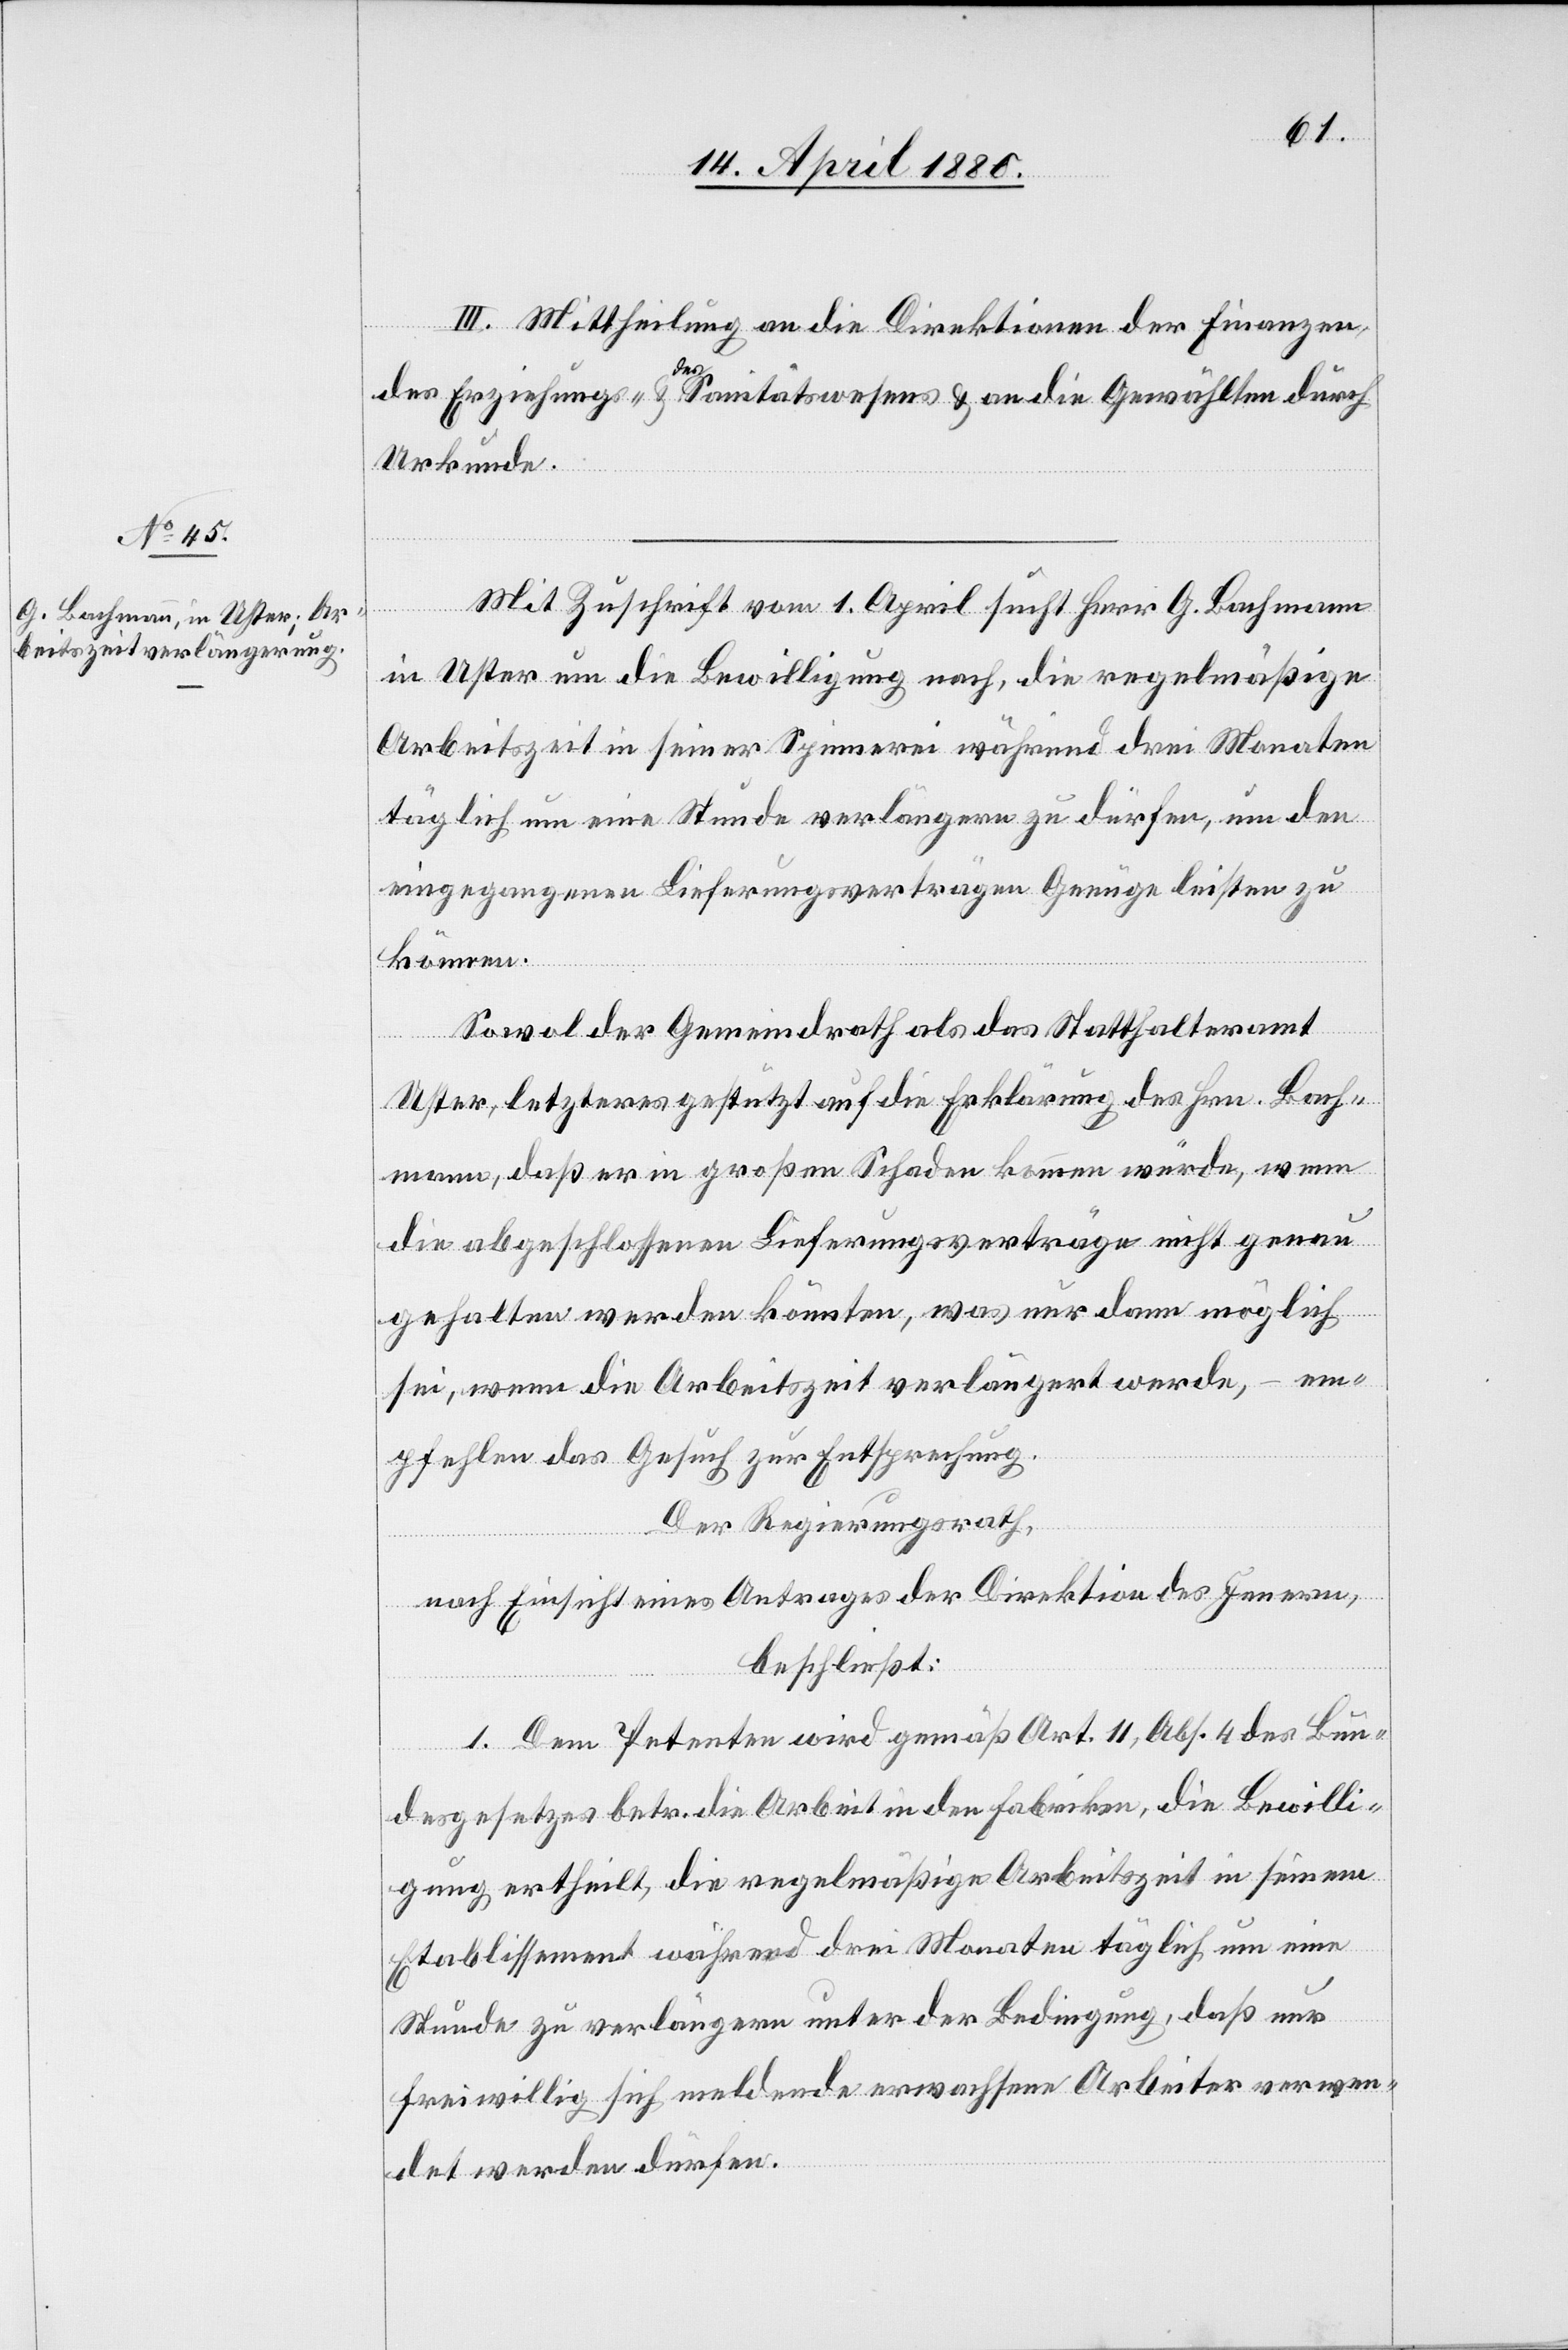
III. Mittheilung an die Direktionen der Finanzen,
des Erziehungs- & des Sanitätswesens & an die Gewählten durch
Urkunde.
Mit Zuschrift vom 1. April sucht Herr G. Bachmann
in Uster um die Bewilligung nach, die regelmäßige
Arbeitszeit in seiner Spinnerei während drei Monaten
täglich um eine Stunde verlängern zu dürfen, um den
eingegangenen Lieferungsverträgen Genüge leisten zu
können.
Sowol der Gemeindrath als das Statthalteramt
Uster, letzteres gestützt auf die Erklärung des Hrn. Bach¬
mann, daß er in großen Schaden kommen würde, wenn
die abgeschlossenen Lieferungsverträge nicht genau
gehalten werden könnten, was nur dann möglich
sei, wenn die Arbeitszeit verlängert werde, – em¬
pfehlen das Gesuch zur Entsprechung.
Der Regierungsrath,
nach Einsicht eines Antrages der Direktion des Innern,
beschließt:
1. Dem Petenten wird gemäß Art. 11, Abs. 4 des Bun¬
desgesetzes betr. die Arbeit in den Fabriken, die Bewilli¬
gung ertheilt, die regelmäßige Arbeitszeit in seinem
Etablissement während drei Monaten täglich um eine
Stunde zu verlängern unter der Bedingung, daß nur
freiwillig sich meldende erwachsene Arbeiter verwen¬
det werden dürfen.